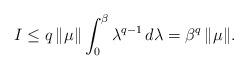
LaTeX: \begin{align*} I \le q \, \Vert \mu \Vert \int_0^\beta \lambda^{q-1} \, d\lambda = \beta^q \, \Vert \mu \Vert. \end{align*}